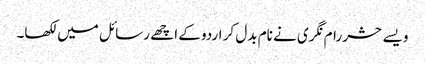
ویسے حشر رام نگری نے نام بدل کر اردو کے اچھے رسائل میں لکھا۔